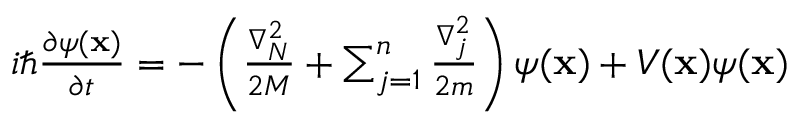
\begin{array} { r } { i \hbar \frac { \partial \psi ( \mathbf { x } ) } { \partial t } = - \left( \frac { \nabla _ { N } ^ { 2 } } { 2 M } + \sum _ { j = 1 } ^ { n } \frac { \nabla _ { j } ^ { 2 } } { 2 m } \right) \psi ( \mathbf { x } ) + V ( \mathbf { x } ) \psi ( \mathbf { x } ) } \end{array}